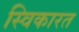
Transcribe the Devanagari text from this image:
स्विकारत